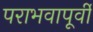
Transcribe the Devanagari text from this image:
पराभवापूर्वी